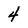
Character: 4